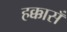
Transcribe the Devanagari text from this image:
हक्कासँ